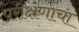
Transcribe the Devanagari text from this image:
परीक्षणाचा